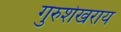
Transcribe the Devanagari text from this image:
गुरुशेखराय